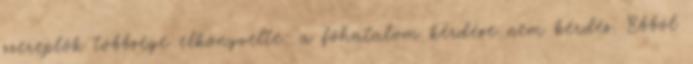
szereplők többsége elkönyvelte: a főhatalom kérdése nem kérdés. Ebből